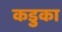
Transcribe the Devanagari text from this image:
कडुका